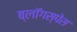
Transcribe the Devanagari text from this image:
ब्लॉगस्पेस